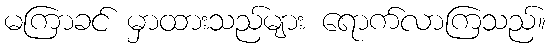
မကြာခင် မှာထားသည်များ ရောက်လာကြသည်။